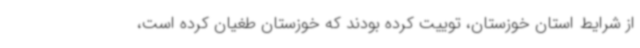
از شرایط استان خوزستان، توییت کرده بودند که خوزستان طغیان کرده است،